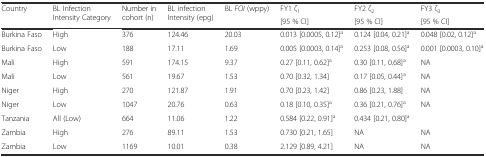
<table><thead><tr><td rowspan="2"><b>Country</b></td><td rowspan="2"><b>BL Infection Intensity Category</b></td><td rowspan="2"><b>Number in cohort (n)</b></td><td rowspan="2"><b>BL infection Intensity (epg)</b></td><td rowspan="2"><b>BL <i>FOI</i> (wppy)</b></td><td><b>FY1 ζ<sub>1</sub></b></td><td><b>FY2 ζ<sub>2</sub></b></td><td><b>FY3 ζ<sub>3</sub></b></td></tr><tr><td><b>[95 % CI]</b></td><td><b>[95 % CI]</b></td><td><b>[95 % CI]</b></td></tr></thead><tbody><tr><td>Burkina Faso</td><td>High</td><td>376</td><td>124.46</td><td>20.03</td><td>0.013 [0.0005, 0.12]<sup>a</sup></td><td>0.124 [0.04, 0.21]<sup>a</sup></td><td>0.048 [0.02, 0.12]<sup>a</sup></td></tr><tr><td>Burkina Faso</td><td>Low</td><td>188</td><td>17.11</td><td>1.69</td><td>0.005 [0.0003, 0.14]<sup>a</sup></td><td>0.253 [0.08, 0.56]<sup>a</sup></td><td>0.001 [0.0003, 0.10]<sup>a</sup></td></tr><tr><td>Mali</td><td>High</td><td>591</td><td>174.15</td><td>9.37</td><td>0.27 [0.11, 0.62]<sup>a</sup></td><td>0.30 [0.11, 0.68]<sup>a</sup></td><td>NA</td></tr><tr><td>Mali</td><td>Low</td><td>561</td><td>19.67</td><td>1.53</td><td>0.70 [0.32, 1.34]</td><td>0.17 [0.05, 0.44]<sup>a</sup></td><td>NA</td></tr><tr><td>Niger</td><td>High</td><td>270</td><td>121.87</td><td>1.91</td><td>0.70 [0.23, 1.42]</td><td>0.86 [0.23, 1.88]</td><td>NA</td></tr><tr><td>Niger</td><td>Low</td><td>1047</td><td>20.76</td><td>0.63</td><td>0.18 [0.10, 0.35]<sup>a</sup></td><td>0.36 [0.21, 0.76]<sup>a</sup></td><td>NA</td></tr><tr><td>Tanzania</td><td>All (Low)</td><td>664</td><td>11.06</td><td>1.22</td><td>0.584 [0.22, 0.91]<sup>a</sup></td><td colspan="2">0.434 [0.21, 0.80]<sup>a</sup></td></tr><tr><td>Zambia</td><td>High</td><td>276</td><td>89.11</td><td>1.53</td><td>0.730 [0.21, 1.65]</td><td>NA</td><td>NA</td></tr><tr><td>Zambia</td><td>Low</td><td>1169</td><td>10.01</td><td>0.38</td><td>2.129 [0.89, 4.21]</td><td>NA</td><td>NA</td></tr></tbody></table>